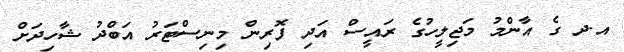
އ.ދ ގެ އާންމު މަޖިލީހުގެ ރައީސް އަދި ފޮރިން މިނިސްޓަރު އަބްދު ޝާހިދަށް